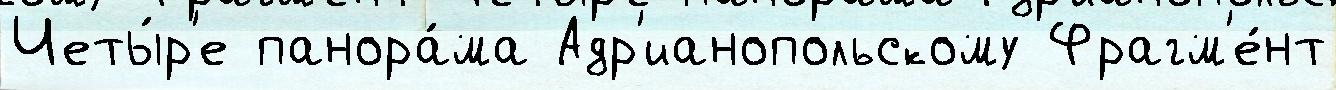
Четы́р'е панора́ма Адр'ианопольскому Фрагм'е́нт